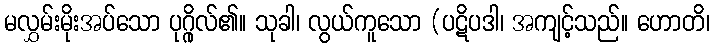
မလွှမ်းမိုးအပ်သော ပုဂ္ဂိုလ်၏။ သုခါ၊ လွယ်ကူသော (ပဋိပဒါ၊ အကျင့်သည်။ ဟောတိ၊